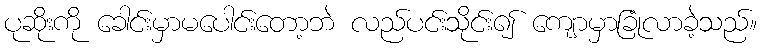
ပုဆိုးကို ခေါင်းမှာမပေါင်းတော့ဘဲ လည်ပင်းသိုင်း၍ ကျောမှာခြုံလာခဲ့သည်။